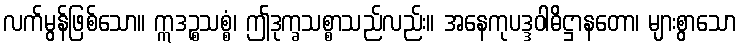
လက်မွန်ဖြစ်သော။ ဣဒဉ္စသစ္စံ၊ ဤဒုက္ခသစ္စာသည်လည်း။ အနေကုပဒ္ဒဝါဓိဋ္ဌာနတော၊ များစွာသော